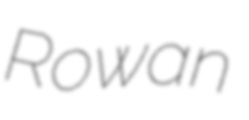
Rowan